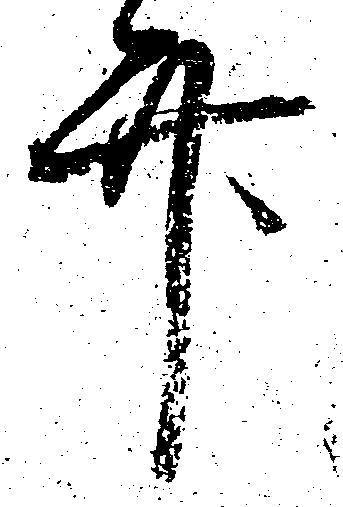
竹